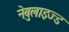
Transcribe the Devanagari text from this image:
नेबुलाइज्ड